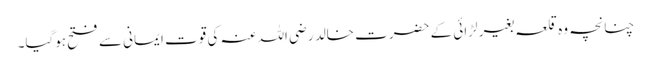
چنانچہ وہ قلعہ بغیر لڑائی کے حضرت خالد رضی اللہ عنہ کی قوت ایمانی سے فتح ہوگیا۔